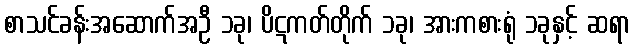
စာသင်ခန်းအဆောက်အဦ ၁ခု၊ ပိဋကတ်တိုက် ၁ခု၊ အားကစားရုံ ၁ခုနှင့် ဆရာ